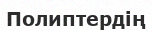
Полиптердің